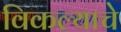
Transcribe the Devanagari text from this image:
विकल्याचे